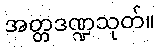
အတ္တဒဏ္ဍသုတ်။